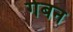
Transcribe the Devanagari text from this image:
गेबन